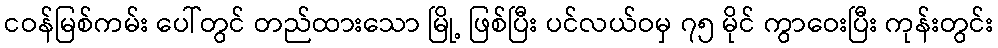
ငဝန်မြစ်ကမ်း ပေါ်တွင် တည်ထားသော မြို့ ဖြစ်ပြီး ပင်လယ်ဝမှ ၇၅ မိုင် ကွာဝေးပြီး ကုန်းတွင်း